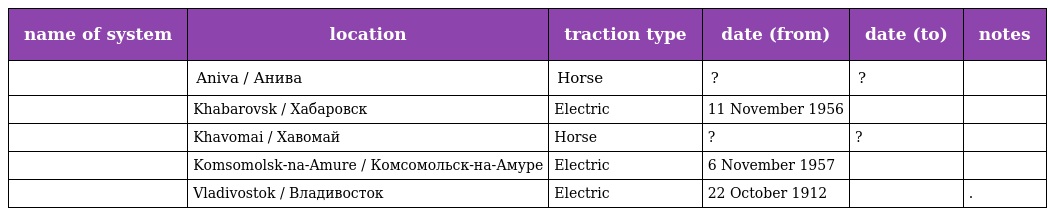
| name of system | location | traction type | date (from) | date (to) | notes |
 | --- | --- | --- | --- | --- | --- |
 |  | Aniva / Анива | Horse | ? | ? |  |
 |  | Khabarovsk / Хабаровск | Electric | 11 November 1956 |  |  |
 |  | Khavomai / Хавомай | Horse | ? | ? |  |
 |  | Komsomolsk-na-Amure / Комсомольск-на-Амуре | Electric | 6 November 1957 |  |  |
 |  | Vladivostok / Владивосток | Electric | 22 October 1912 |  | . |